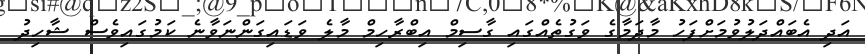
އަދި އެބައްދަލުވުމަށްފަހު މާދަމާގެ ވަގުތެއްގައި ގާސިމް އިބްރާހިމް މާލެ ވަޑައިގަންނަވާނެ ކަމުގައިވެސް ޝާހިދު